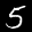
Digit: 5